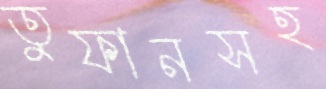
তুফানসহ